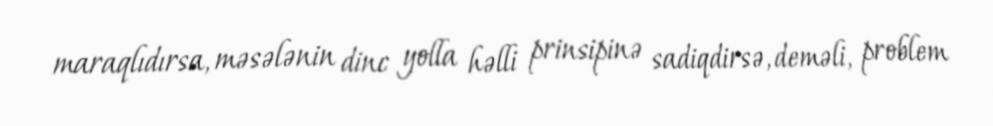
maraqlıdırsa, məsələnin dinc yolla həlli prinsipinə sadiqdirsə, deməli, problem